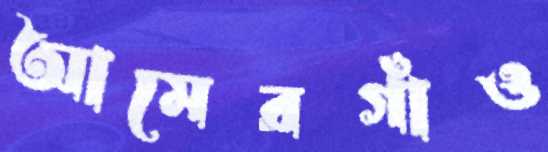
আমেরগাঁও